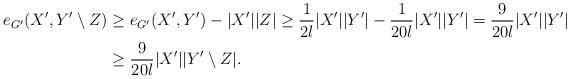
LaTeX: \begin{align*}e_{G'}(X',Y'\setminus Z)&\ge e_{G'}(X',Y')-|X'||Z|\ge \frac{1}{2l}|X'||Y'|-\frac{1}{20l}|X'||Y'|=\frac{9}{20l}|X'||Y'|\\&\ge \frac{9}{20l}|X'||Y'\setminus Z|.\end{align*}